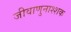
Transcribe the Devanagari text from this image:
जीवाणुनाश्शक